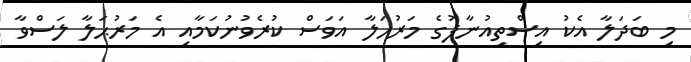
މި ބަދަލާ އެކު އިސްތިއުނާފުގެ މަރުޙަލާ އަވަސް ކުރެވުނުކަމާއި އެ މަރުޙަލާ ލަސްވާ